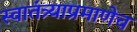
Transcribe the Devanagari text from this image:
स्वातंत्र्याप्रमाणेच